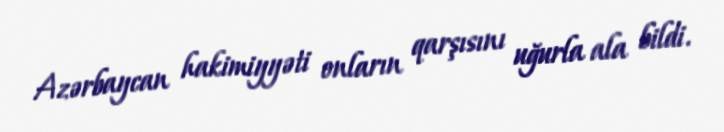
Azərbaycan hakimiyyəti onların qarşısını uğurla ala bildi.